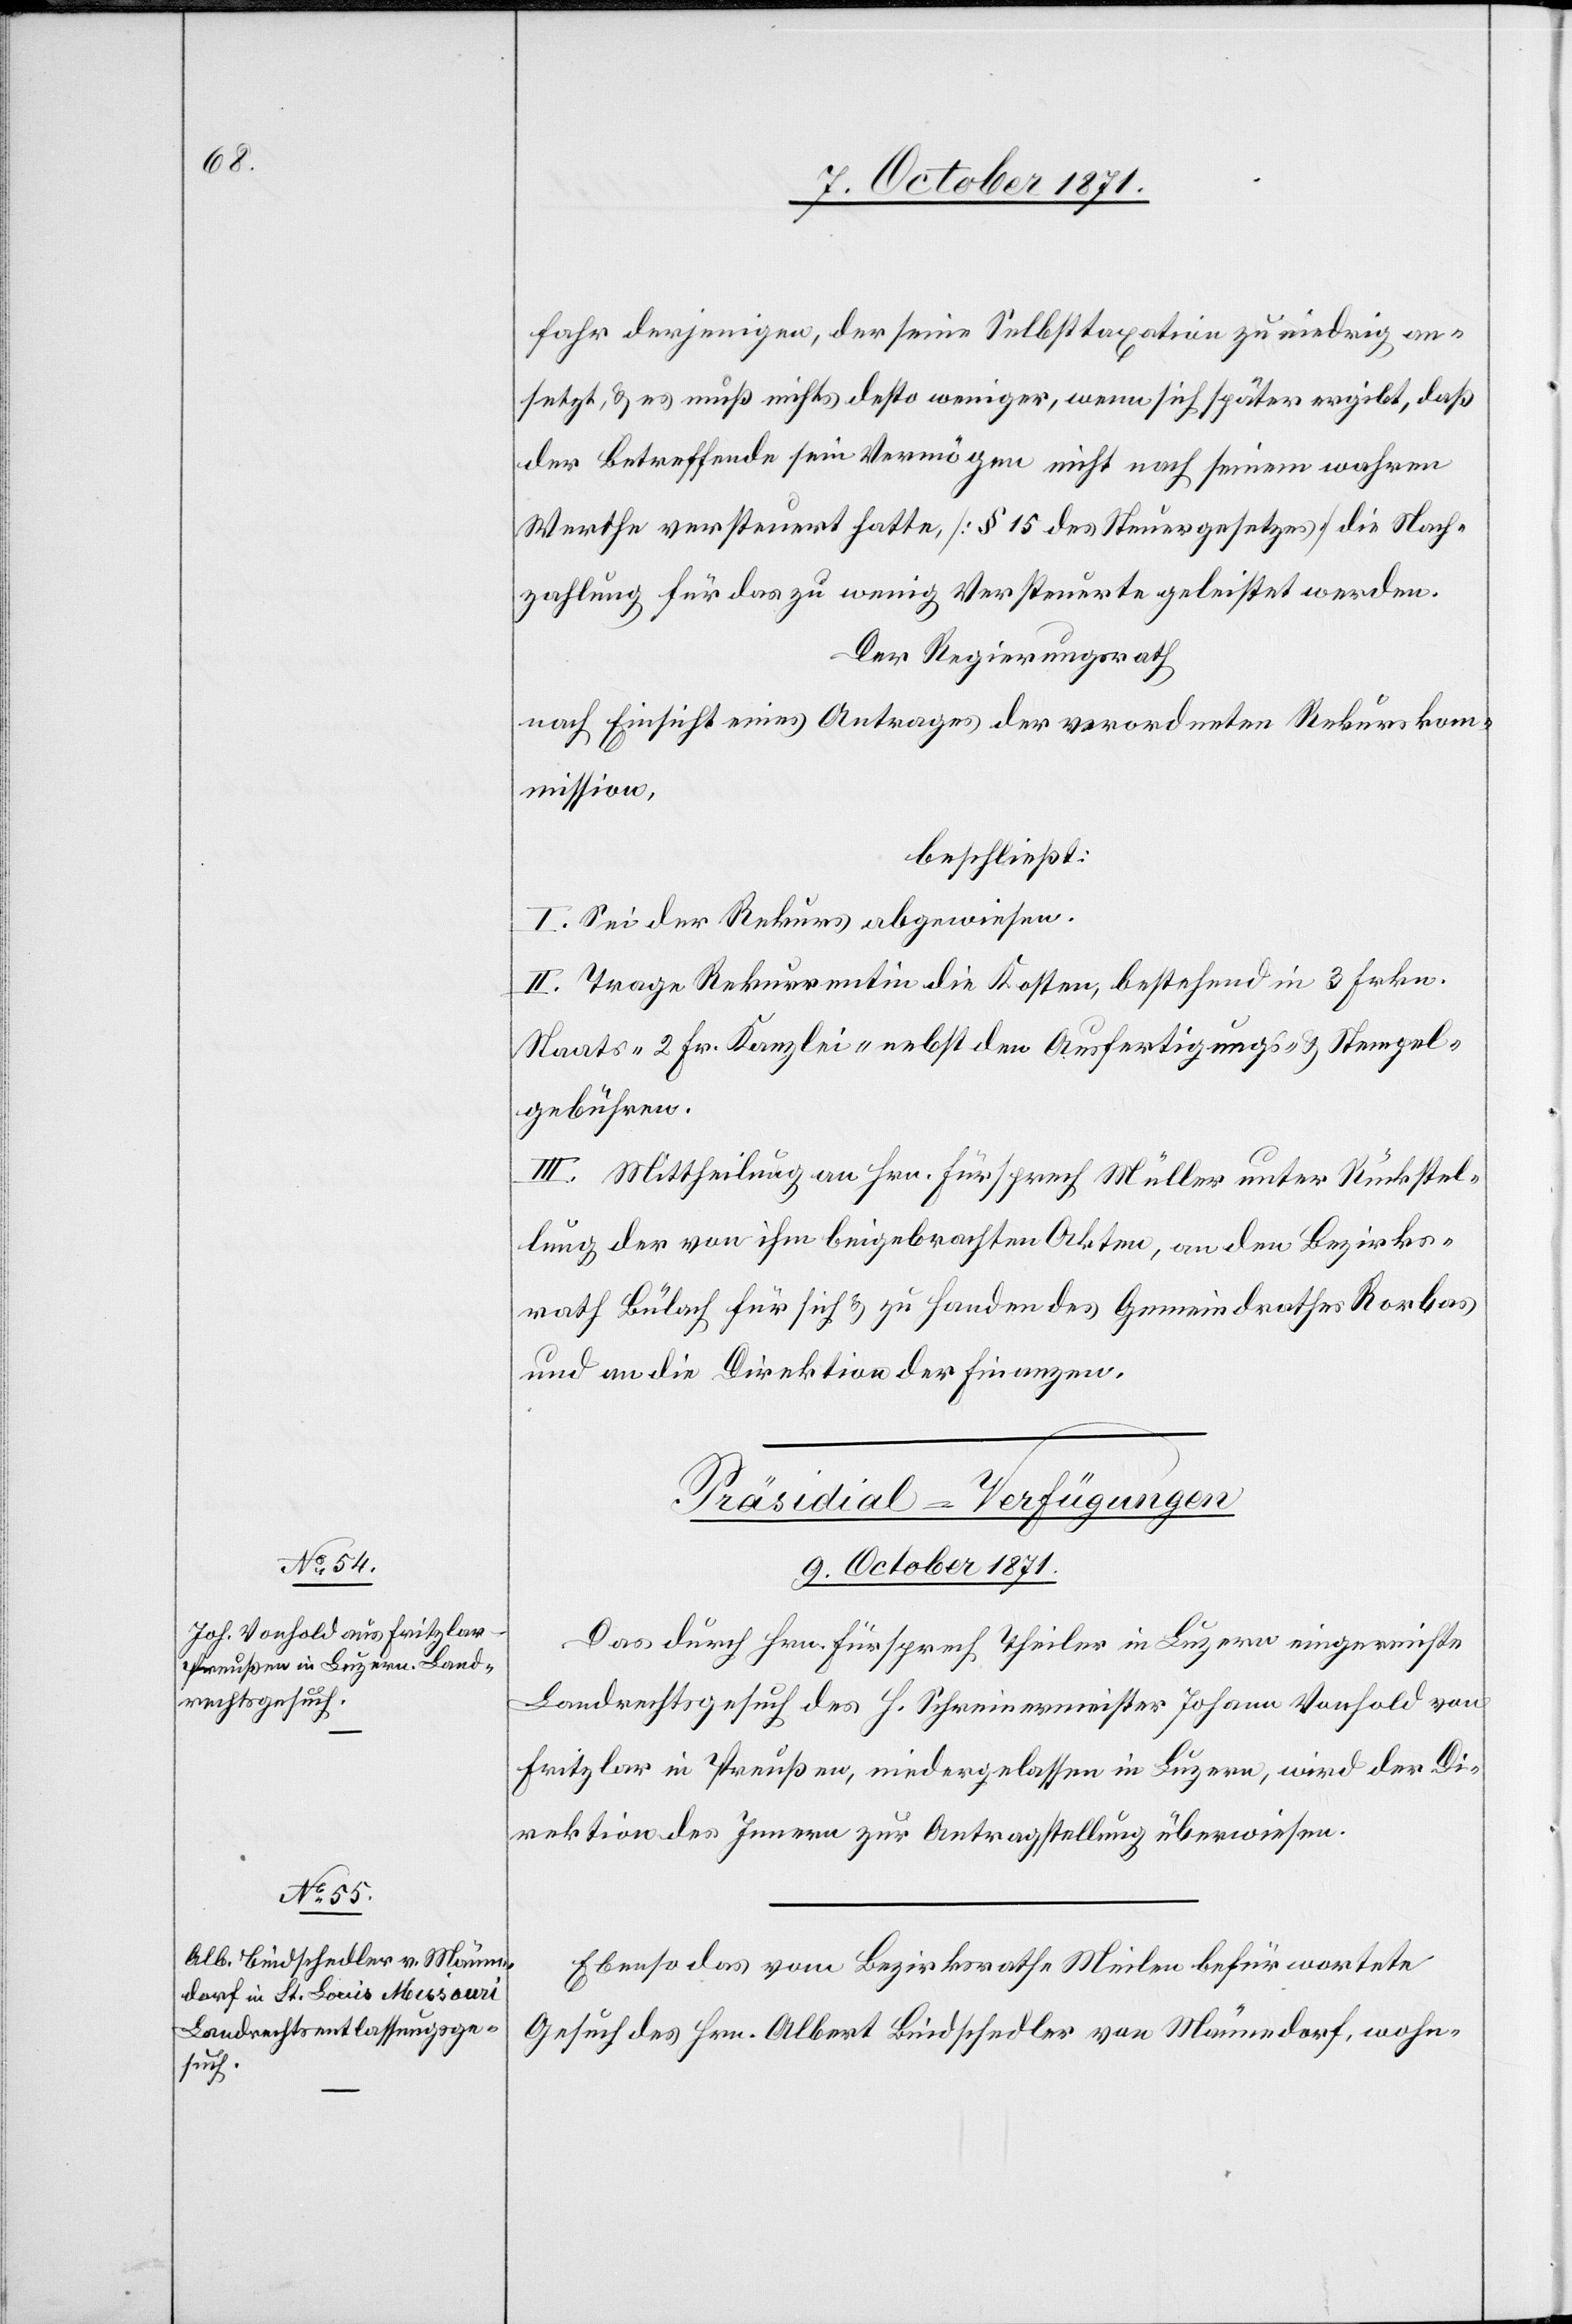
fahr derjenigen [sic!] der seine Selbsttaxation zu niedrig an¬
setzt, & es muß nichts desto weniger, wenn sich später ergibt, daß
der Betreffende sein Vermögen nicht nach seinem wahren
Werthe versteuert hatte [§ 15 des Steuergesetzes] die Nach¬
zahlung für das zu wenig Versteuerte geleistet werden.
Der Regierungsrath
nach Einsicht eines Antrages der verordneten Rekurskom¬
mission,
beschließt:
I. Sei der Rekurs abgewiesen.
II. Trage Rekurrentin die Kosten, bestehend in 3 Frkn.
Staats-[,] 2 Fr. Kanlzei-[,] nebst den Ausfertigungs- & Stempel¬
gebühren.
[Präsidial-Verfügungen
9. October 1871.]
Das durch Hrn. Fürsprech Theiler in Luzern eingereichte
Landrechtsgesuch des H. Schreinermeister Johann Vonhold von
Fritzler in Preußen, niedergelassen in Luzern, wird der Di¬
rektion des Innern zur Antragstellung überwiesen.
Ebenso das vom Bezirksrathe Meilen befürwortete
Gesuch des Hrn. Albert Bindschedler von Männedorf, wohn-